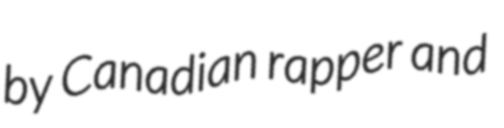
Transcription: by Canadian rapper and